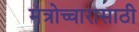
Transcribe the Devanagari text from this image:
मंत्रोच्चारासाठी